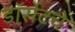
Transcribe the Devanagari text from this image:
डॉर्सेटचे